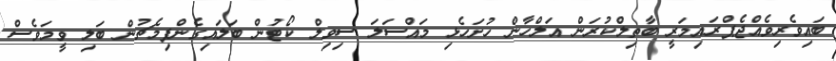
ބައިވެރިވެއްޖެޕްރައިމަރީ ބާތިލްކުރަން އަލްހާން ހުށަހެޅި މައްސަލަ ސިވިލް ކޯޓުން ބަލައިގެންފިމެޗުން ބަލި ވީމަވެސް